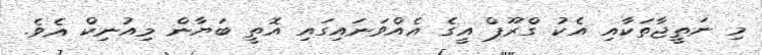
މި ނަތީޖާތަކާއި އެކު ގްރޫޕް އީގެ އެއްވަނައިގައި އޮތީ ބަޔާން މިއުނިކް އެވެ.